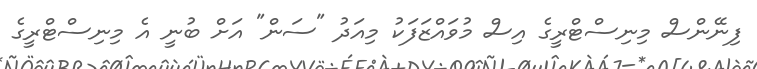
ފިނޭންސް މިނިސްޓްރީގެ އިސް މުވައްޒަފަކު މިއަދު "ސަން" އަށް ބުނީ އެ މިނިސްޓްރީގެ